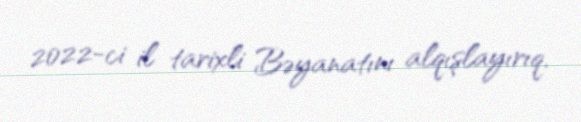
2022-ci il tarixli Bəyanatını alqışlayırıq.